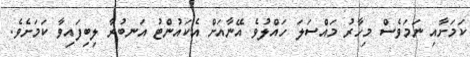
ކަމަށާއި ނަމަވެސް މިހާރު މައްސަލަ ހައްލުވެ އޭނާއަށް އެކައުންޓު އަނބުރާ ލިބިފައިވާ ކަމަށެވެ.